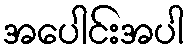
အပေါင်းအပါ